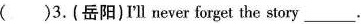
( )3.(岳阳)I'll never forget the story ___.